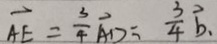
\overrightarrow { A E } = \frac { 3 } { 4 } \overrightarrow { A D } = \frac { 3 } { 4 } \overrightarrow { b } .